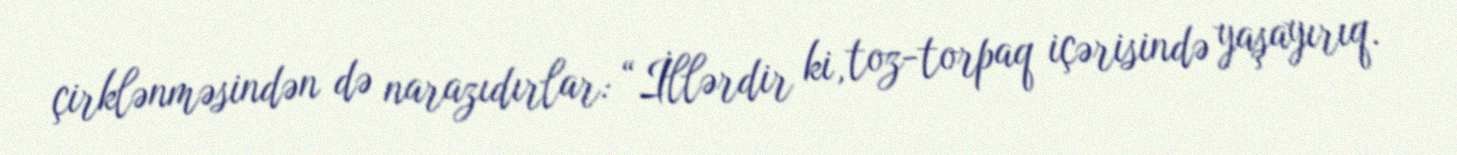
çirklənməsindən də narazıdırlar: “İllərdir ki, toz-torpaq içərisində yaşayırıq.